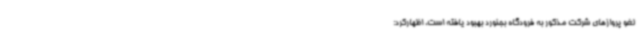
لغو پروازهای شرکت مذکور به فرودگاه بجنورد بهبود یافته است، اظهارکرد: